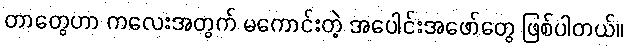
တာတွေဟာ ကလေးအတွက် မကောင်းတဲ့ အပေါင်းအဖော်တွေ ဖြစ်ပါတယ်။